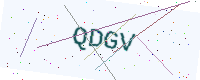
Text: QDGV